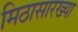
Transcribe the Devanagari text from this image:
मिठासारख्या